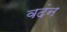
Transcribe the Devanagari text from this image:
वदंन